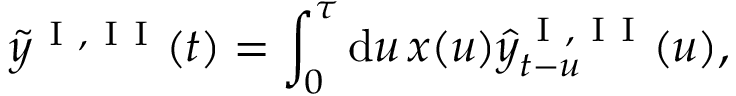
\tilde { y } ^ { \mathrm { ~ I ~ , ~ I ~ I ~ } } ( t ) = \int _ { 0 } ^ { \tau } \mathrm { d } u \, x ( u ) \hat { y } _ { t - u } ^ { \mathrm { ~ I ~ , ~ I ~ I ~ } } ( u ) ,